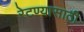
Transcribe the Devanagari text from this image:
रेटण्यासाठी